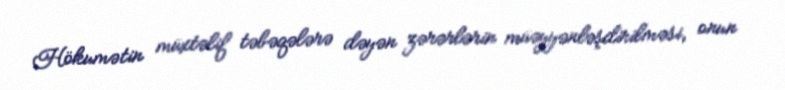
Hökumətin müxtəlif təbəqələrə dəyən zərərlərin müəyyənləşdirilməsi, onun